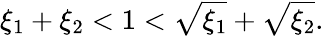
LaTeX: \xi_{1}+\xi_{2}<1<\sqrt{\xi_{1}}+\sqrt{\xi_{2}}.